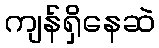
ကျန်ရှိနေဆဲ